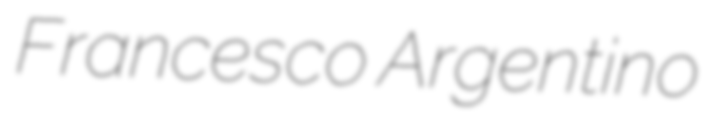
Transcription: Francesco Argentino